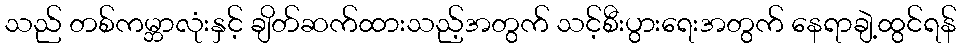
သည် တစ်ကမ္ဘာလုံးနှင့် ချိတ်ဆက်ထားသည့်အတွက် သင့်စီးပွားရေးအတွက် နေရာချဲ့ထွင်ရန်